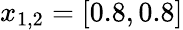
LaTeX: x_{1,2}=[0.8,0.8]